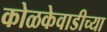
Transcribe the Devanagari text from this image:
कोळकेवाडीच्या